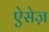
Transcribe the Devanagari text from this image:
ऐसेज़